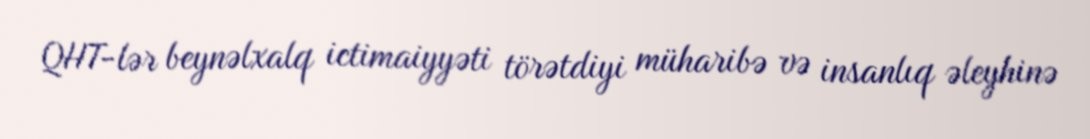
QHT-lər beynəlxalq ictimaiyyəti törətdiyi müharibə və insanlıq əleyhinə